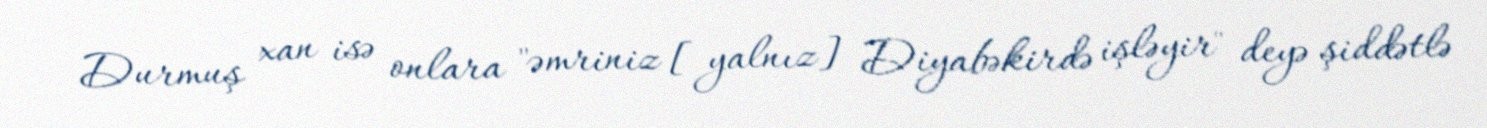
Durmuş xan isə onlara "əmriniz [yalnız] Diyabəkirdə işləyir" deyə şiddətlə